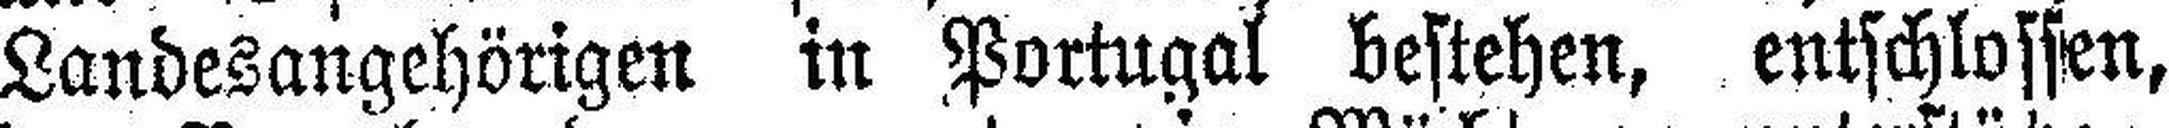
Landesangehörigen in Portugal bestehen, entschlossen,